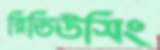
রিডিউসিং